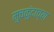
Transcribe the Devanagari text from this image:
मुचकुंदाच्या